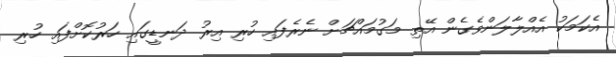
އެކަމަކު އެއްލާލަންވެގެން އޭތި މަގުމައްޗަށް ނެރެފައި ހުރި އިރު ދަނޑީގައި ހަރުކޮށްފައި ހުރި